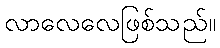
လာလေလေဖြစ်သည်။